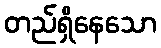
တည်ရှိနေသော